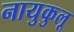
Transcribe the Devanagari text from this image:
नायुकुलू